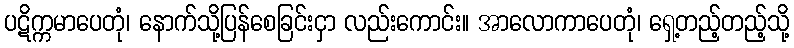
ပဋိက္ကမာပေတုံ၊ နောက်သို့ပြန်စေခြင်းငှာ လည်းကောင်း။ အာလောကာပေတုံ၊ ရှေ့တည့်တည့်သို့